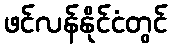
ဖင်လန်နိုင်ငံတွင်